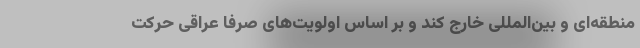
منطقه‌ای و بین‌المللی خارج کند و بر اساس اولویت‌های صرفا عراقی حرکت